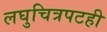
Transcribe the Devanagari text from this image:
लघुचित्रपटही